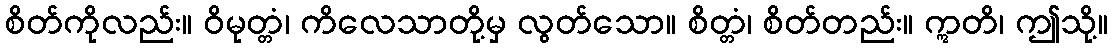
စိတ်ကိုလည်း။ ဝိမုတ္တံ၊ ကိလေသာတို့မှ လွတ်သော။ စိတ္တံ၊ စိတ်တည်း။ ဣတိ၊ ဤသို့။